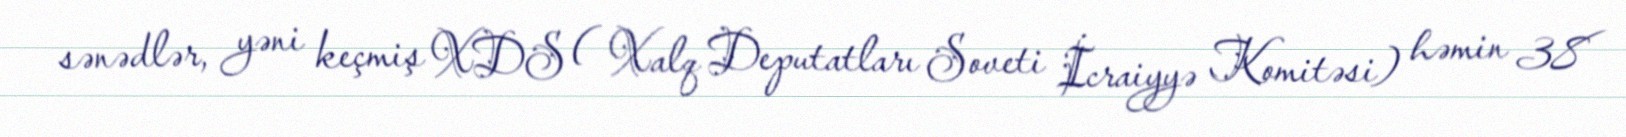
sənədlər, yəni keçmiş XDS ( Xalq Deputatları Soveti İcraiyyə Komitəsi) həmin 38